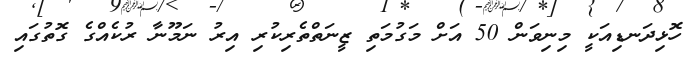
ހޮޅިދަނޑިއަކީ މިނިވަން 50 އަށް މަގުމަތި ޒީނަތްތެރިކުރި އިރު ނަމޫނާ ރުކެއްގެ ގޮތުގައި